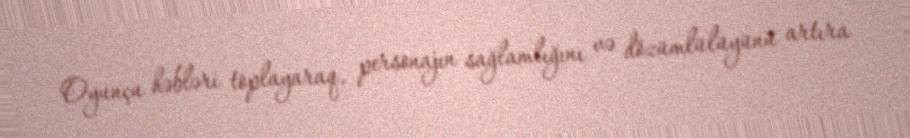
Oyunçu həbləri toplayaraq, personajın sağlamlığını və dözümlülüyünü artıra